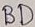
Text: BD